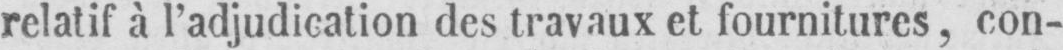
relatif à l’adjudication des travaux et fournitures, con-